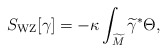
\begin{align*}S_{\mathrm{WZ}}[\gamma] = - \kappa \int_{\widetilde M} \widetilde\gamma^* \Theta,\end{align*}